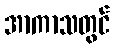
အာကာသတွင်